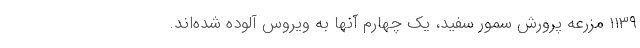
۱۱۳۹ مزرعه پرورش سمور سفید، یک چهارم آنها به ویروس آلوده شده‌اند.